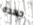
جهده